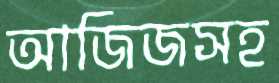
আজিজসহ